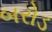
બરોડ